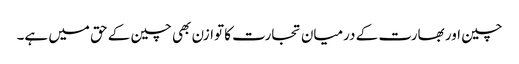
چین اور بھارت کے درمیان تجارت کا توازن بھی چین کے حق میں ہے۔